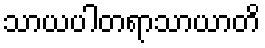
သာယပါတရာသာယာတိ